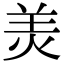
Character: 羙